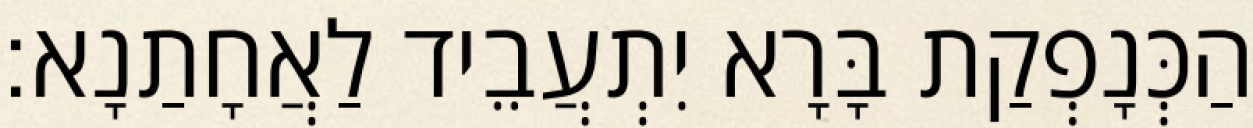
הַכְּנָפְקַת בָּרָא יִתְעֲבֵיד לַאֲחָתַנָא׃